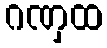
ဂဏှထ